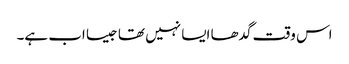
اس وقت گدھا ایسا نہیں تھا جیسا اب ہے۔